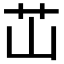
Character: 𬜡